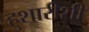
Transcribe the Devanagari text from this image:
हुशारीशी